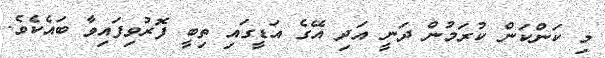
މި ކަންކަން ކުރަމުން ދަނީ އަދި އޭގެ އަޑީގައި ތިބީ ފޮރުވިފައިވާ ބައެކެވެ.